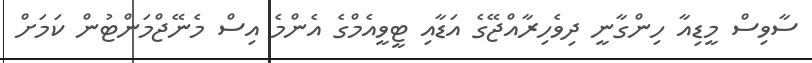
ސާވިސް މީޑިއާ ހިންގާނީ ދިވެހިރާއްޖޭގެ އަޑާއި ޓީވީއެމްގެ އެންމެ އިސް މެނޭޖްމަންޓުން ކަމަށް